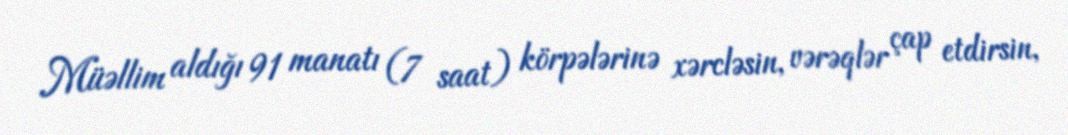
Müəllim aldığı 91 manatı (7 saat) körpələrinə xərcləsin, vərəqlər çap etdirsin,